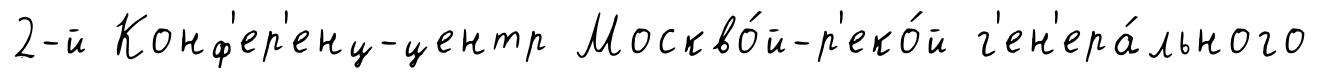
2-й Конф'ер'енц-центр Москво́й-р'еко́й г'ен'ера́льного